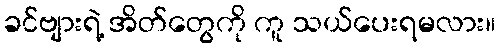
ခင်ဗျားရဲ့ အိတ်တွေကို ကူ သယ်ပေးရမလား။